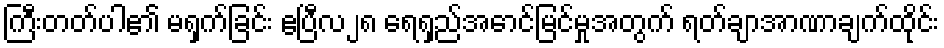
ကြီးတတ်ပါ၏ မရှက်ခြင်း ဧပြီလ၂၈ ရေရှည်အောင်မြင်မှုအတွက် ရတ်ချာအာဏာချက်ထိုင်း